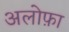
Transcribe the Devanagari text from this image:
अलोफ़ा